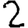
Digit: 2